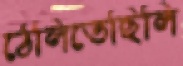
ঠেলিতেছিলি